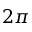
2 \pi